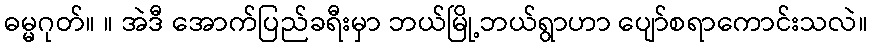
ဓမ္မဂုတ်။ ။ အဲဒီ အောက်ပြည်ခရီးမှာ ဘယ်မြို့ဘယ်ရွာဟာ ပျော်စရာကောင်းသလဲ။